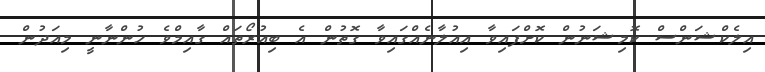
އިލެކްޝަންސް ކޮމިޝަނުން ކޮށްފައިވާ އިއުލާނެއްގައިވާ ގޮތުން އެ ބިއުރޯތައް ގާއިމްވެ ހުންނާނީ މިއަދުން